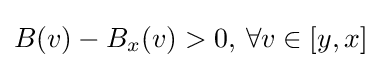
{}B(v)-{{B}_{x}}(v)>0{{,}_{}}\ \forall v\in [y,x]